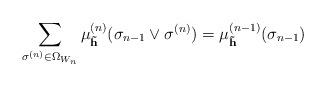
LaTeX: \begin{align*}\sum_{\sigma^{(n)}\in \Omega_{W_n}}\mu_{\mathbf{\tilde{h}}}^{(n)}(\sigma_{n-1}\vee \sigma^{(n)})=\mu_{\mathbf{\tilde{h}}}^{(n-1)}(\sigma_{n-1})\end{align*}